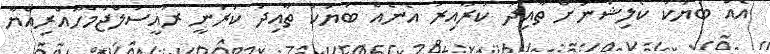
އެއް ބަޔަކު ކޯލިޝަނަށް ތާއިދު ކުރާއިރު އެނެއް ބަޔަކު ތާއިދު ކުރަނީ ރައީސުލްޖުމްހޫއްރިއްޔާ